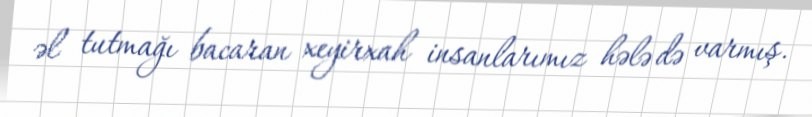
əl tutmağı bacaran xeyirxah insanlarımız hələ də varmış.